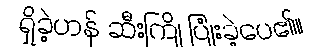
ရှိခဲ့ဟန် ဆီးကြို ပြုံးခဲ့ပေ၏။